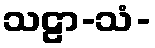
သဠာ-သံ-